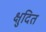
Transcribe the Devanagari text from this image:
क्षुदित